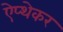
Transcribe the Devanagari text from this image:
ऐप्थेकर